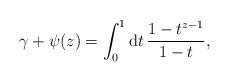
LaTeX: \begin{align*}\gamma+\psi(z)=\int_0^1{\rm d}t\, \frac{1-t^{z-1}}{1-t},\end{align*}